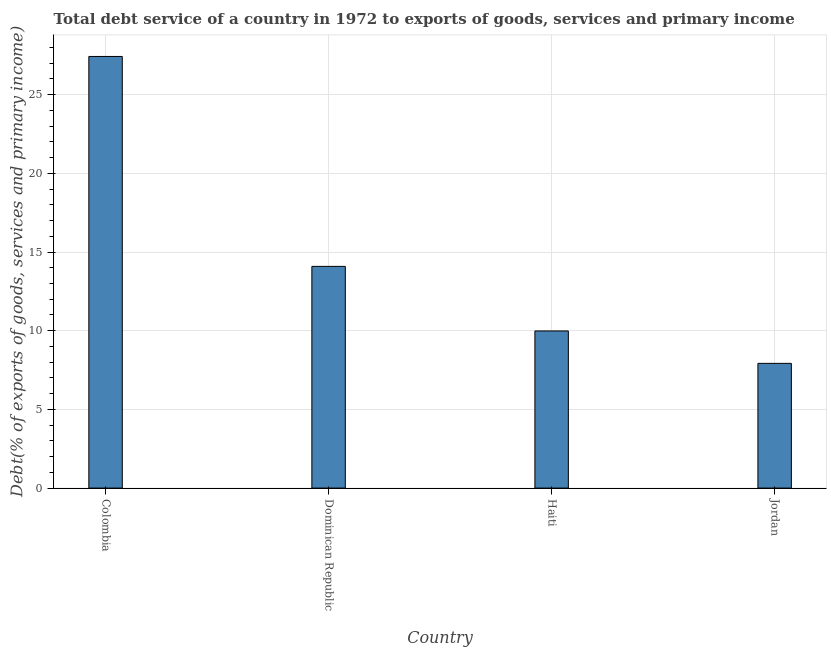
| Country | Total debt service |
 | --- | --- |
 | Colombia | 27.4 |
 | Dominican Republic | 14.1 |
 | Haiti | 9.99 |
 | Jordan | 7.93 |